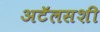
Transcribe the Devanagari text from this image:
अटॅलसशी